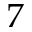
7